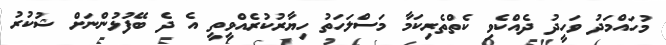
މުހައްމަދު ވަހީދު ދެއްކެވި ކެތްތެރިކަމާ މަސްލަހަތު ހިޔާރުކުރެއްވީތީ އެ ދެ ބޭފުޅުންނަށް ޝުކުރު